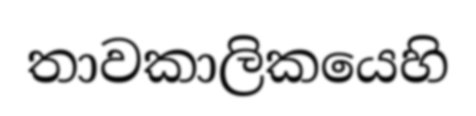
තාවකාලිකයෙහි